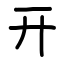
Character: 开